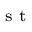
^ { \textrm { s t } }